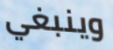
وينبغي